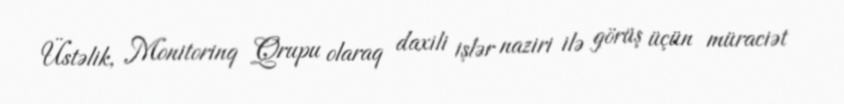
Üstəlik, Monitorinq Qrupu olaraq daxili işlər naziri ilə görüş üçün müraciət